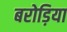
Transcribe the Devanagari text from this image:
बरोड़िया